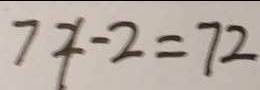
7 4 - 2 = 7 2